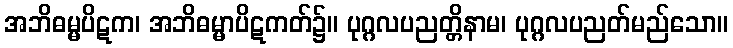
အဘိဓမ္မပိဋက၊ အဘိဓမ္မာပိဋကတ်၌။ ပုဂ္ဂလပညတ္တိနာမ၊ ပုဂ္ဂလပညတ်မည်သော။